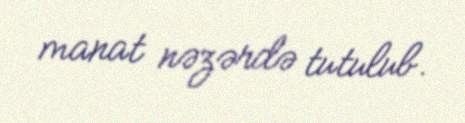
manat nəzərdə tutulub.